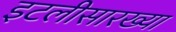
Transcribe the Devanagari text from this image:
इटलीसारख्या